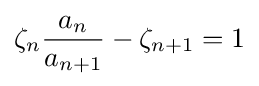
\zeta _{n}{\frac {a_{n}}{a_{n+1}}}-\zeta _{n+1}=1